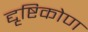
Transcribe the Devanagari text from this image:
द्दृष्टिकोण